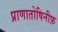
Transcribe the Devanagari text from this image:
प्राणातोषिनीफ़